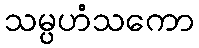
သမ္ပဟံသကော